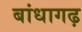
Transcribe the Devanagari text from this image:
बांधागढ़